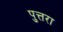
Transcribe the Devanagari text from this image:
पुत्तरा